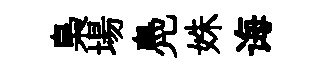
梟場鳧姝诲